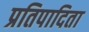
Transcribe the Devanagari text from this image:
प्रतिपादिता